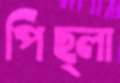
পিছ্‌লা